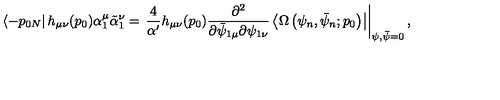
\left\langle - p _ { 0 N } \right| h _ { \mu \nu } ( p _ { 0 } ) \alpha _ { 1 } ^ { \mu } \tilde { \alpha } _ { 1 } ^ { \nu } = \left. \frac { 4 } { \alpha ^ { \prime } } h _ { \mu \nu } ( p _ { 0 } ) \frac { \partial ^ { 2 } } { \partial \bar { \psi } _ { 1 \mu } \partial \psi _ { 1 \nu } } \left\langle \Omega \left( \psi _ { n } , \bar { \psi } _ { n } ; p _ { 0 } \right) \right| \right| _ { \psi , \bar { \psi } = 0 } ,